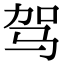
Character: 驾